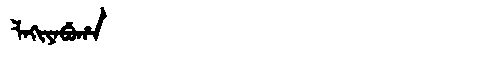
Manchu: ᠯᠠᡴᡳᠶᠠᠪᡠᡥᠠ
Romanization: LAKIYABUHA